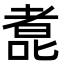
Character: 㗯